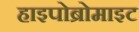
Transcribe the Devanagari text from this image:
हाइपोब्रोमाइट